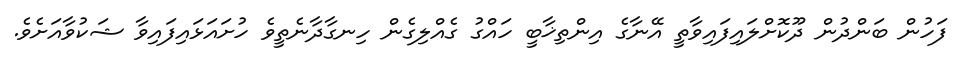
ފަހުން ބަންދުން ދޫކޮށްލައިފައިވާތީ އޭނާގެ އިންތިޚާބީ ހައްގު ގެއްލިގެން ހިނގާދާނެތީވެ ހުށައަޅައިފައިވާ ޝަކުވާއަށެވެ.